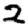
Digit: 2